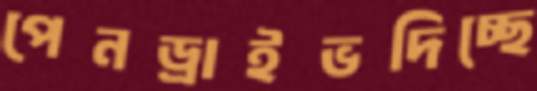
পেনড্রাইভদিচ্ছে